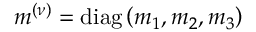
m ^ { ( \nu ) } = \mathrm { d i a g } \left( m _ { 1 } , m _ { 2 } , m _ { 3 } \right)